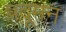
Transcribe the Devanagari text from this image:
प्रदूमन